Annual statistical returns and brief notes on vaccination in Bengal - 1896-1909
Year: 1896
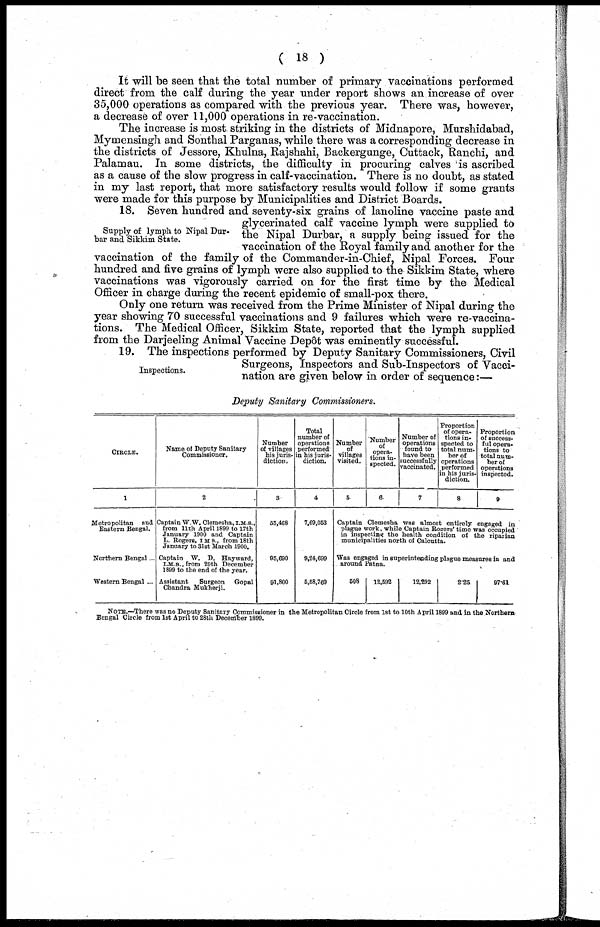
( 18 )
It will be seen that the total number of primary vaccinations performed
direct from the calf during the year under report shows an increase of over
35,000 operations as compared with the previous year. There was, however,
a decrease of over 11,000 operations in re-vaccination.
The increase is most striking in the districts of Midnapore, Murshidabad,
Mymensingh and Sonthal Parganas, while there was a corresponding decrease in
the districts of Jessore, Khulna, Rajshahi, Backergunge, Cuttack, Ranchi, and
Palamau. In some districts, the difficulty in procuring calves is ascribed
as a cause of the slow progress in calf-vaccination. There is no doubt, as stated
in my last report, that more satisfactory results would follow if some grants
were made for this purpose by Municipalities and District Boards.
Supply of lymph to Nipal Dur-
bar and Sikkim State.
18. Seven hundred and seventy-six grains of lanoline vaccine paste and
glycerinated calf vaccine lymph were supplied to
the Nipal Durbar, a supply being issued for the
vaccination of the Royal family and another for the
vaccination of the family of the Commander-in-Chief, Nipal Forces. Four
hundred and five grains of lymph were also supplied to the Sikkim State, where
vaccinations was vigorously carried on for the first time by the Medical
Officer in charge during the recent epidemic of small-pox there.
Only one return was received from the Prime Minister of Nipal during the
year showing 70 successful vaccinations and 9 failures which were re-vaccina-
tions. The Medical Officer, Sikkim State, reported that the lymph supplied
from the Darjeeling Animal Vaccine Depôt was eminently successful.
Inspections.
19. The inspections performed by Deputy Sanitary Commissioners, Civil
Surgeons, Inspectors and Sub-Inspectors of Vacci-
nation are given below in order of sequence:—
Deputy Sanitary Commissioners.
CIRCLE.
1
Metropolitan and
Eastern Bengal.
Northern Bengal...
Western Bengal ...
Name of Deputy Sanitary
Commissioner.
2
Captain W.W. Clemesha, I.M.S.,
from 11th April 1899 to 17th
January 1900 and Captain
L. Rogers, I.M.S., from 18th
January to 31st March 1900.
Captain W. D. Hayward,
I.M.S., from 29th December
1899 to the end of the year.
Assistant
Surgeon Gopal
Chandra Mukherji.
Number
of villages
his juris-
diction.
3
55,468
95,690
91,800
Total
number of
operations
performed
in his juris-
diction.
4
7,69,053
9,24,699
5,58,769
Number
of
villages
visited.
5
Number
of
opera-
tions in-
spected.
6
Number of
operations
found to
have been
successfully
vaccinated.
7
Proportion
of opera-
tions in¬
spected to
total num-
ber of
operations
performed
in his juris-
diction.
8
Proportion
of success-
ful opera¬
tions to
total num-
ber of
operations
inspected.
9
Captain Clemesha was almost entirely engaged in
plague work, while Captain Rosers' time was occupied
in inspecting the health condition of the riparian
municipalities north of Calcutta.
Was engaged in superintending plague measures in and
around Patna.
508
12,592
12,292
2.25
97.61
NOTE.—There was no Deputy Sanitary Commissioner in the Metropolitan Circle from 1st to 10th April 1899 and in the Northern
Bengal Circle from 1st April to 28th December 1899.